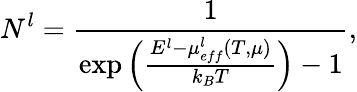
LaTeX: N_{}^{l}=\frac{1}{\exp\Big(\frac{E^{l}-\mu_{eff}^{l}(T,\mu)}{k_{B}T}\Big)-1},